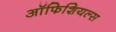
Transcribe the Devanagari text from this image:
ऑफिशियल्स